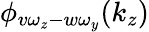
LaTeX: \phi_{v\omega_{z}-w\omega_{y}}(k_{z})